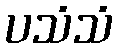
ပသံသံ